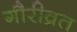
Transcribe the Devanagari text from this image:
गौरीव्रत